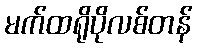
မက်ထရိုပိုလစ်တန်